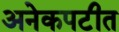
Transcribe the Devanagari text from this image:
अनेकपटीत